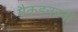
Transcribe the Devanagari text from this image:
मैकइनरनी